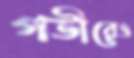
গভীরেও